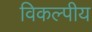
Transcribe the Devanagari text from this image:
विकल्पीय